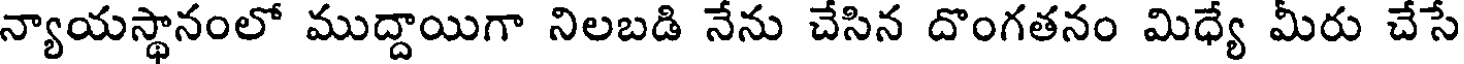
న్యాయస్థానంలో ముద్దాయిగా నిలబడి నేను చేసిన దొంగతనం మిధ్యే మీరు చేసే